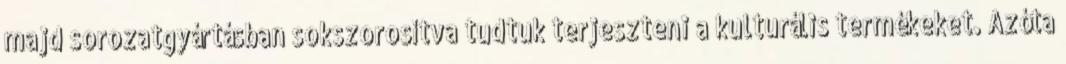
majd sorozatgyártásban sokszorosítva tudtuk terjeszteni a kulturális termékeket. Azóta